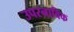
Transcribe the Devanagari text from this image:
उपरनाविक